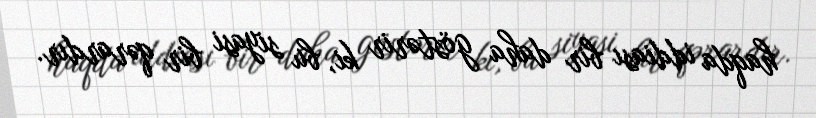
haqda iddiası bir daha göstərir ki, bu siyasi bir qərardır.